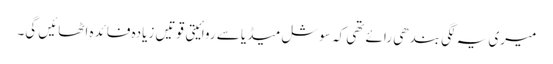
میری یہ لگی بندھی رائے تھی کہ سوشل میڈیا سے روائیتی قوتیں زیادہ فائدہ اٹھائیں گی۔